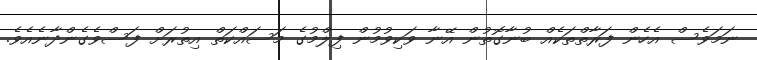
ނަމަވެސް އެެހެން ފަރާތްތަކެއް ބުނާގޮތުން އޭނާ ވަކިވުމުން ފިލްމުގެ މަސައްކަތް އިތުރަށް ފަސްވެގެންދާނެއެވެ.